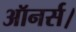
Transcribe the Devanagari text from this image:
ऑनर्स।